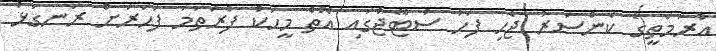
އުރަމަތީގެ ކެންސަރު ޖެހި ފަހު ސުޓޭޖްގައި އޮތް މީހަކު ފުރަތަމަ ފަހަރަށް ރަނގަޅު